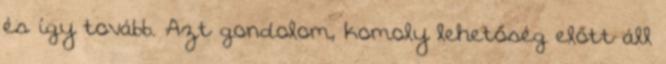
és így tovább. Azt gondolom, komoly lehetőség előtt áll